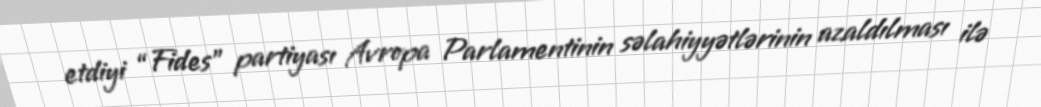
etdiyi “Fides” partiyası Avropa Parlamentinin səlahiyyətlərinin azaldılması ilə